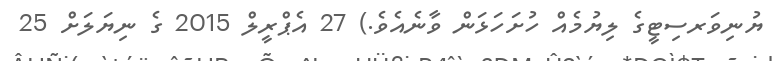
ޔުނިވަރސިޓީގެ ލިޔުމެއް ހުށަހަޅަން ވާނެއެވެ.) 27 އެޕްރީލް 2015 ގެ ނިޔަލަށް 25